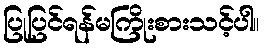
ပြုပြင်ရန်မကြိုးစားသင့်ပါ။